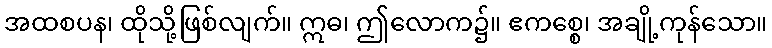
အထစပန၊ ထိုသို့ဖြစ်လျက်။ ဣဓ၊ ဤလောက၌။ ဧကစ္စေ၊ အချို့ကုန်သော။